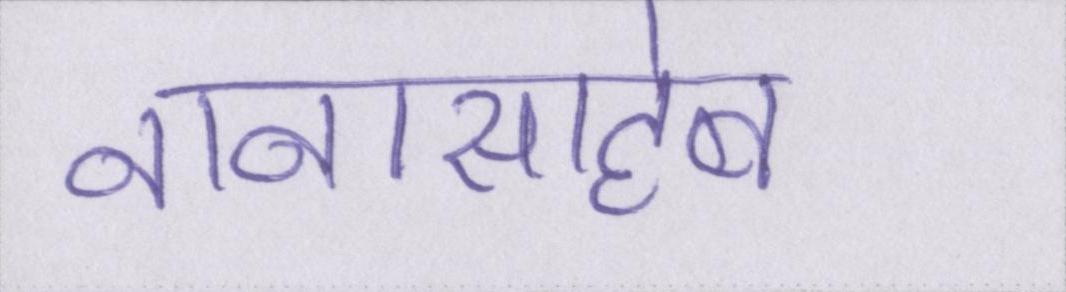
नानासाहेब